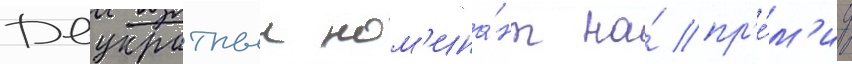
Двукратныи ном'ина́нт на́ пр'е́м'иу